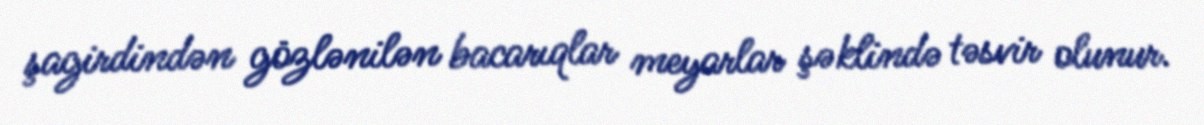
şagirdindən gözlənilən bacarıqlar meyarlar şəklində təsvir olunur.